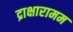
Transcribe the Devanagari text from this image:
द्राक्षारामम